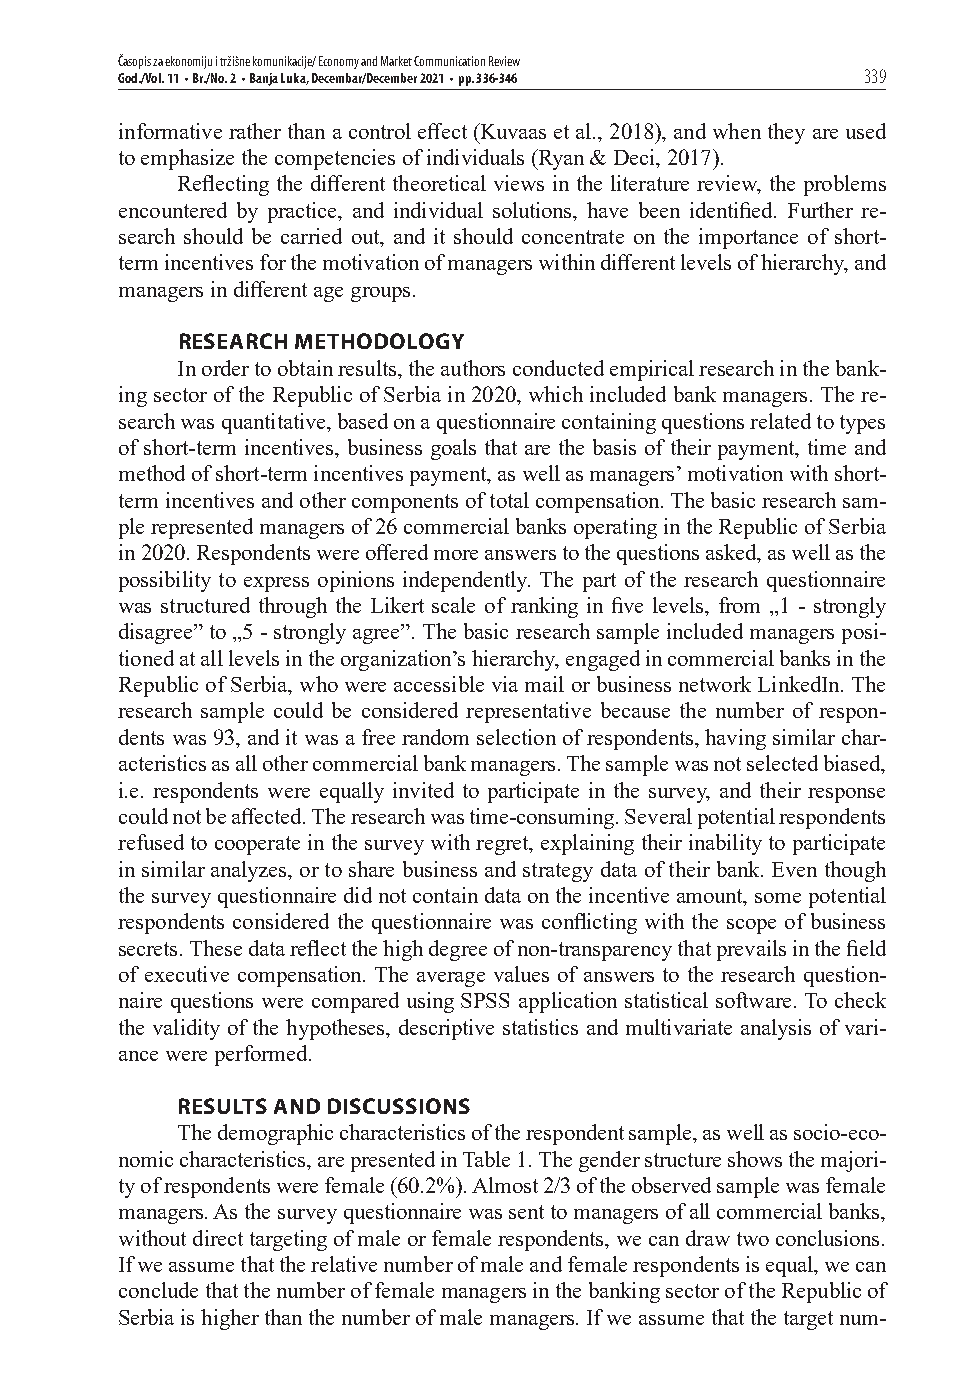
Časopis za ekonomiju i tržišne komunikacije/ Economy and Market Communication Review
 God./Vol. 11 • Br./No. 2 • Banja Luka, Decembar/December 2021 • pp. 336-346 339
 informative rather than a control eff ect (Kuvaas et al., 2018), and when they are used
 to emphasize the competencies of individuals (Ryan & Deci, 2017).
 Refl ecting the diff erent theoretical views in the literature review, the problems
 encountered by practice, and individual solutions, have been identifi ed. Further re-
 search should be carried out, and it should concentrate on the importance of short-
 term incentives for the motivation of managers within diff erent levels of hierarchy, and
 managers in diff erent age groups.
 RESEARCH METHODOLOGY
 In order to obtain results, the authors conducted empirical research in the bank-
 ing sector of the Republic of Serbia in 2020, which included bank managers. The re-
 search was quantitative, based on a questionnaire containing questions related to types
 of short-term incentives, business goals that are the basis of their payment, time and
 method of short-term incentives payment, as well as managers’ motivation with short-
 term incentives and other components of total compensation. The basic research sam-
 ple represented managers of 26 commercial banks operating in the Republic of Serbia
 in 2020. Respondents were off ered more answers to the questions asked, as well as the
 possibility to express opinions independently. The part of the research questionnaire
 was structured through the Likert scale of ranking in fi ve levels, from „1 - strongly
 disagree” to „5 - strongly agree”. The basic research sample included managers posi-
 tioned at all levels in the organization’s hierarchy, engaged in commercial banks in the
 Republic of Serbia, who were accessible via mail or business network LinkedIn. The
 research sample could be considered representative because the number of respon-
 dents was 93, and it was a free random selection of respondents, having similar char-
 acteristics as all other commercial bank managers. The sample was not selected biased,
 i.e. respondents were equally invited to participate in the survey, and their response
 could not be aff ected. The research was time-consuming. Several potential respondents
 refused to cooperate in the survey with regret, explaining their inability to participate
 in similar analyzes, or to share business and strategy data of their bank. Even though
 the survey questionnaire did not contain data on the incentive amount, some potential
 respondents considered the questionnaire was confl icting with the scope of business
 secrets. These data refl ect the high degree of non-transparency that prevails in the fi eld
 of executive compensation. The average values of answers to the research question-
 naire questions were compared using SPSS application statistical software. To check
 the validity of the hypotheses, descriptive statistics and multivariate analysis of vari-
 ance were performed.
 RESULTS AND DISCUSSIONS
 The demographic characteristics of the respondent sample, as well as socio-eco-
 nomic characteristics, are presented in Table 1. The gender structure shows the majori-
 ty of respondents were female (60.2%). Almost 2/3 of the observed sample was female
 managers. As the survey questionnaire was sent to managers of all commercial banks,
 without direct targeting of male or female respondents, we can draw two conclusions.
 If we assume that the relative number of male and female respondents is equal, we can
 conclude that the number of female managers in the banking sector of the Republic of
 Serbia is higher than the number of male managers. If we assume that the target num-